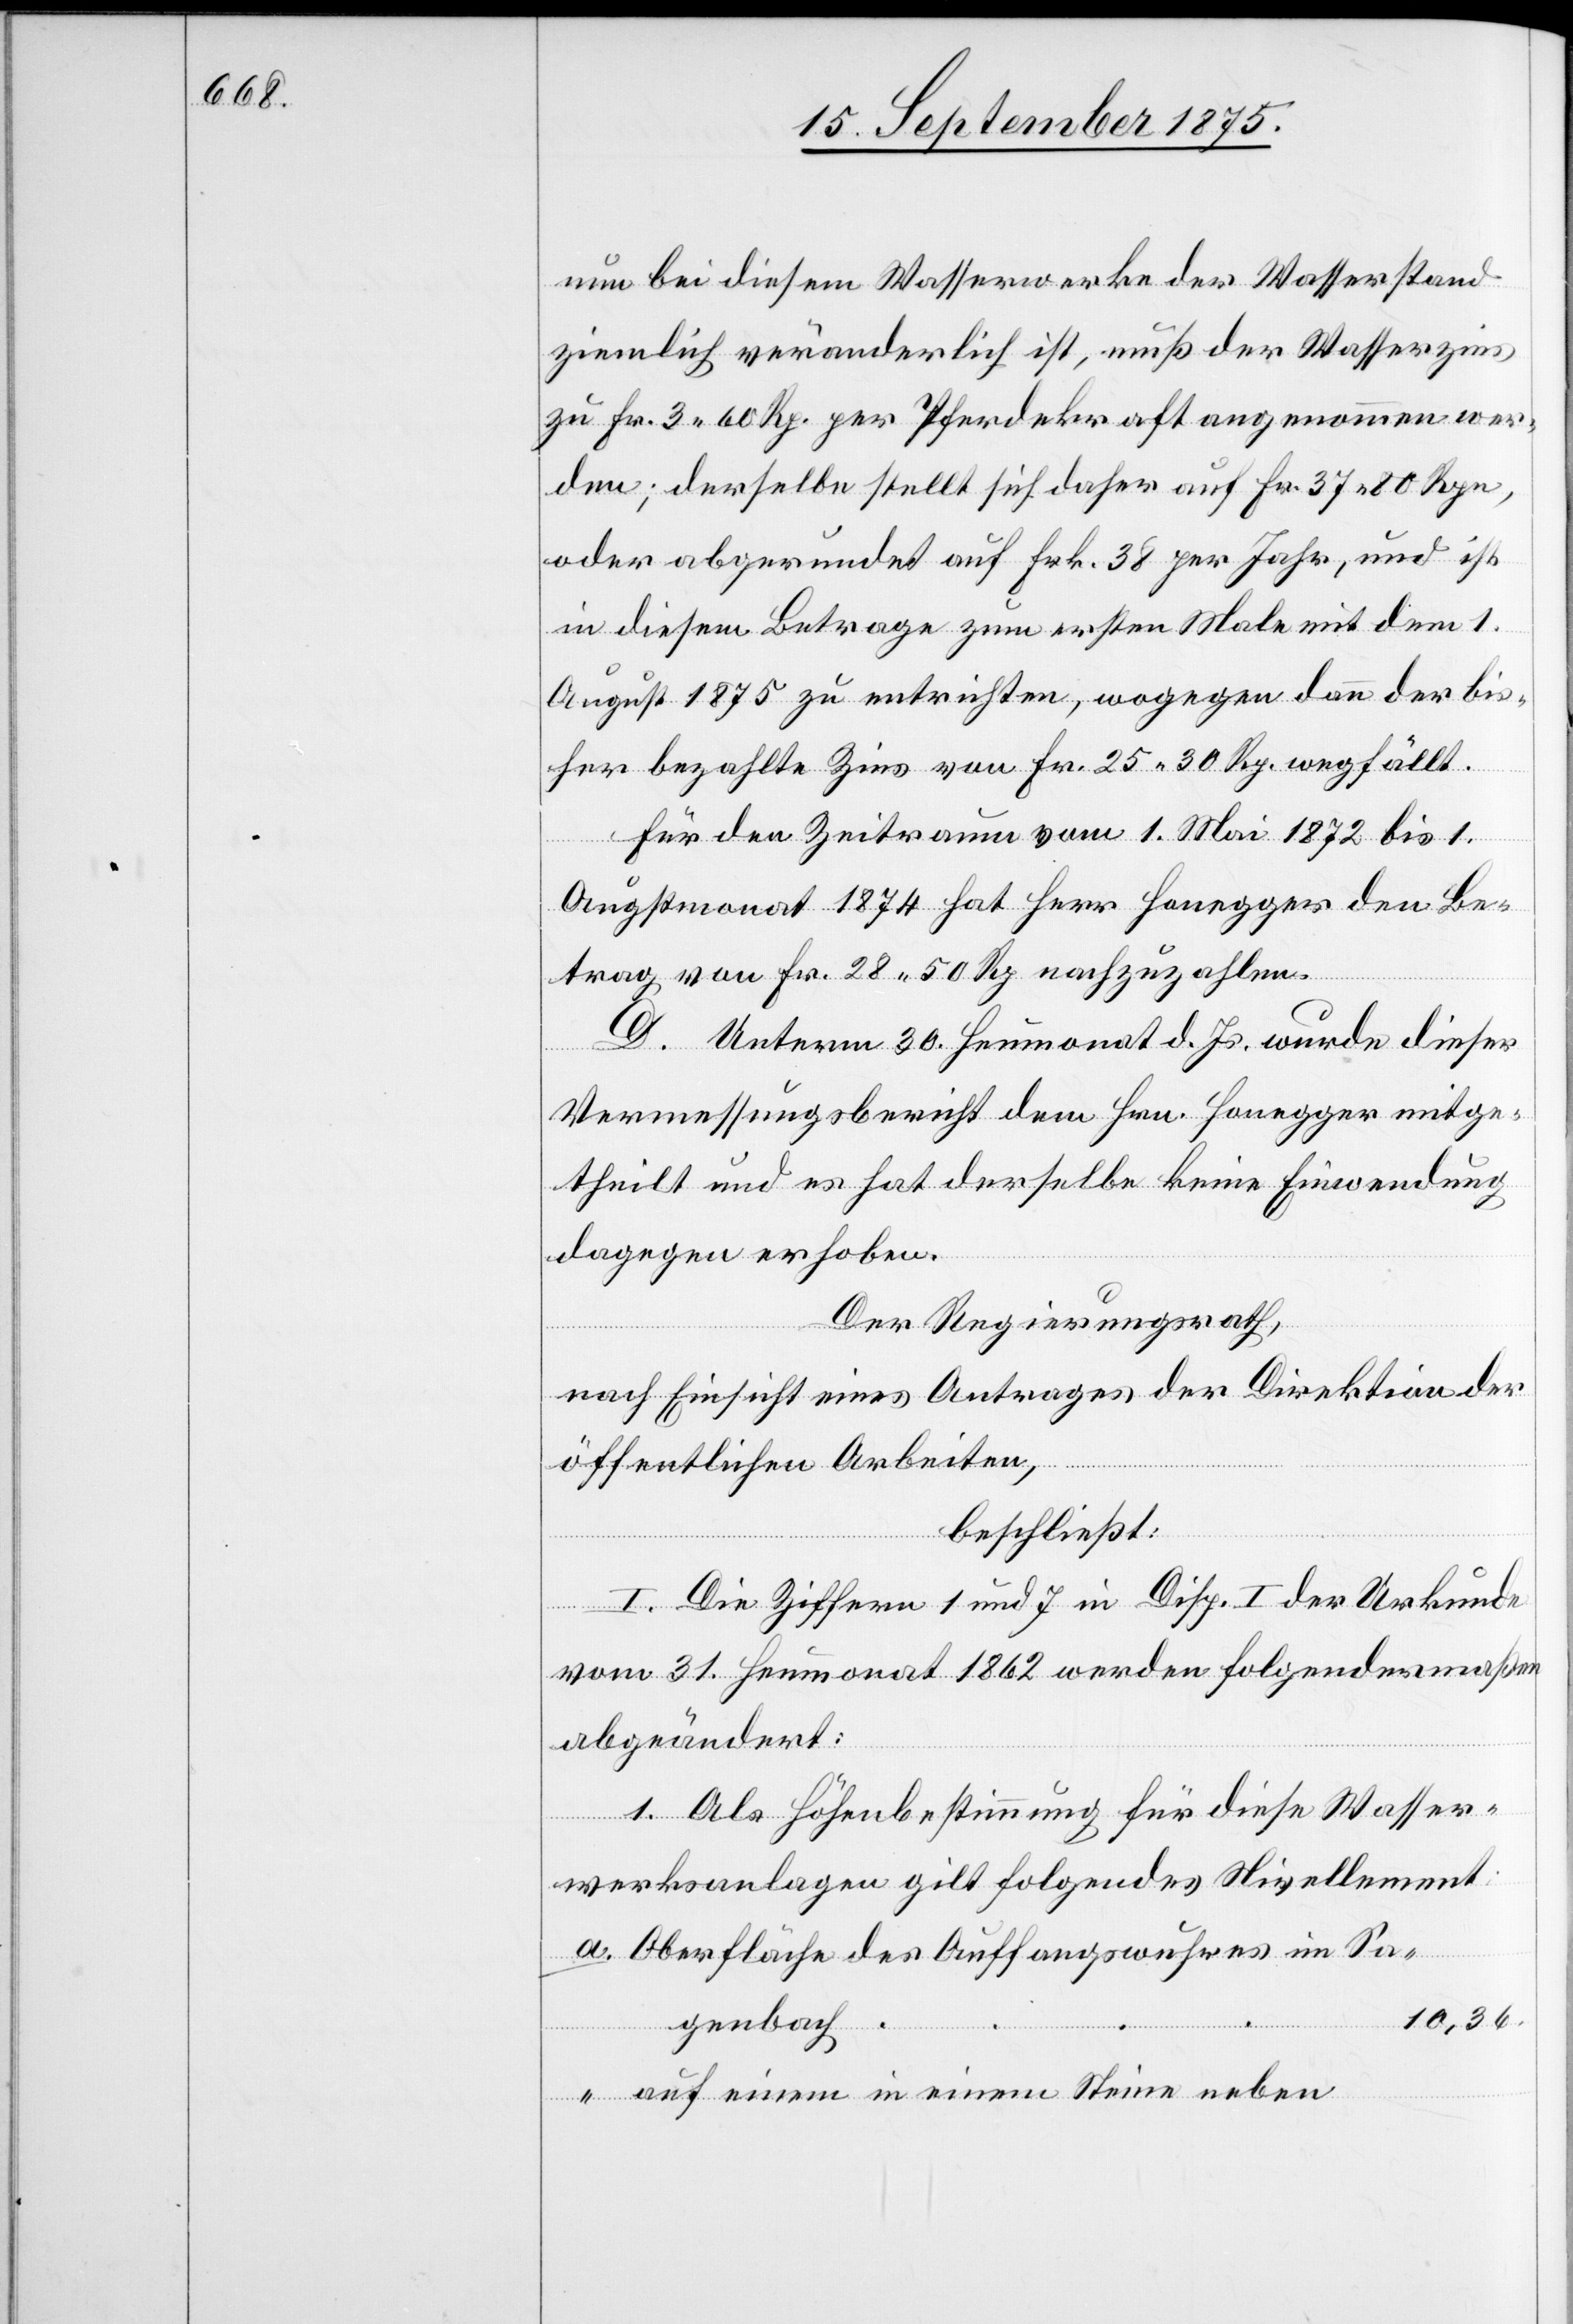
nun bei diesem Wasserwerke der Wasserstand
ziemlich veränderlich ist, muß der Wasserzins
zu Fr. 3 60 Rp. per Pferdekraft angenommen wer¬
den; derselbe stellt sich daher auf Fr. 37 80 Rpn.,
oder abgerundet auf Frk. 38 per Jahr, und ist
in diesem Betrage zum ersten Male mit dem 1.
August 1875 zu entrichten, wogegen dann der bis¬
her bezahlte Zins von Fr. 25 30 Rp. wegfällt.
Für den Zeitraum vom 1. Mai 1872 bis 1.
Augstmonat 1874 hat Herr Honegger den Be¬
trag von Fr. 28 50 Rp. nachzuzahlen.
D. Unterm 30. Heumonat d. Js. wurde dieser
Vermessungsbericht dem Hrn. Honegger mitge¬
theilt und es hat derselbe keine Einwendung
dagegen erhoben.
Der Regierungsrath,
nach Einsicht eines Antrages der Direktion der
öffentlichen Arbeiten,
beschießt:
I. Die Ziffern 1 und 7 in Disp. I der Urkunde
vom 31. Heumonat 1862 werden folgendermaßen
abgeändert:
1. Als Höhenbestimmung für diese Wasser¬
werksanlagen gilt folgendes Nivellement:
10,36,
Sagenbach
auf einem in einem Steine neben